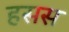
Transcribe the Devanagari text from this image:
हसस